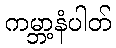
ကမ္ဘာ့နံပါတ်